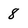
Character: 8